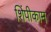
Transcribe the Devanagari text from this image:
शिंपीकाम